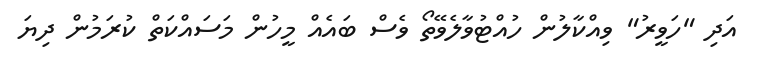
އަދި "ހަވީރު" ވިއްކާލުން ހުއްޓުވާލެވޭތޯ ވެސް ބައެއް މީހުން މަސައްކަތް ކުރަމުން ދިޔަ